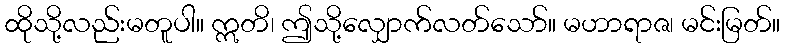
ထိုသို့လည်းမတူပါ။ ဣတိ၊ ဤသို့လျှောက်လတ်သော်။ မဟာရာဇ၊ မင်းမြတ်။